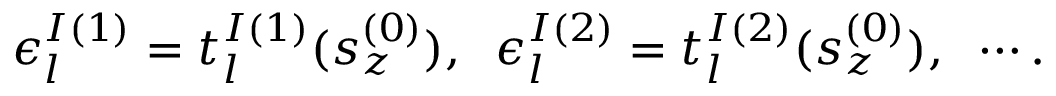
\epsilon _ { l } ^ { I ( 1 ) } = t _ { l } ^ { I ( 1 ) } ( s _ { z } ^ { ( 0 ) } ) , \; \; \epsilon _ { l } ^ { I ( 2 ) } = t _ { l } ^ { I ( 2 ) } ( s _ { z } ^ { ( 0 ) } ) , \; \; \cdots .